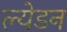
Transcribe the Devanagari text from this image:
ल्येडन